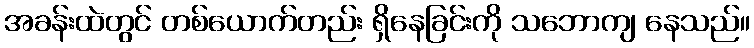
အခန်းထဲတွင် တစ်ယောက်တည်း ရှိနေခြင်းကို သဘောကျ နေသည်။